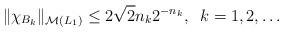
LaTeX: \begin{align*}\|\chi_{B_k}\|_{\mathcal{M}(L_1)}\le 2\sqrt{2}n_k2^{-n_k},\;\;k=1,2,\dots\end{align*}